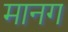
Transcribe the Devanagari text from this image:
मानग